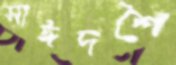
সাঈদশৈ